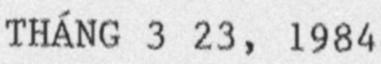
THÁNG 3 23, 1984